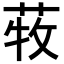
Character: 𦱒